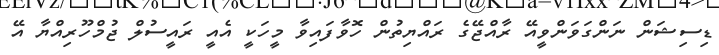
ޑިސިޝަން ނަންގަވަންވީއޭ ރާއްޖޭގެ ރައްޔިތުން ހޮވާފައިވާ މީހަކީ އެއީ ރައީސުލް ޖުމްހޫރިއްޔާ އޭ